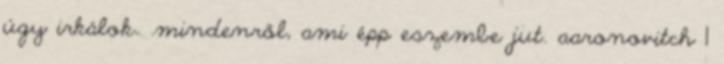
úgy irkálok. .mindenről, ami épp eszembe jut. aaronovitch 1